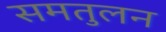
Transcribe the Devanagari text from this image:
समतुलन